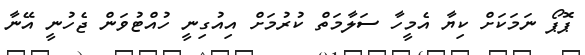
ޕޮޕޯ ނަމަކަށް ކިޔާ އެމީހާ ސަލާމަތް ކުރުމަށް އިއުގިނީ ހުއްޓުވަން ޖެހުނީ އޭނާ